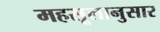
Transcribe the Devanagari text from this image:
महसूलानुसार